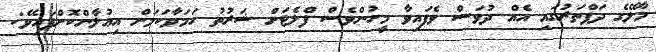
މާލޭގެ ދަފްތަރުގައި އެއް ދުވަސް ވެފައިވާ މީހުންވެސް ފްލެޓަށް ޝަރުތު ހަމަވާކަމަށް އިޢުލާންކޮށްފައިވޭ: